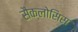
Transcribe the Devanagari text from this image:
सैक्लोसिस